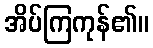
အိပ်ကြကုန်၏။